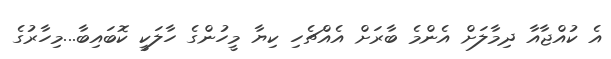
އެ ކުއްޖާއާ ދިމާލަށް އެންމެ ބާރަށް އެެއްޗެހި ކިޔާ މީހުންގެ ހާލަކީ ކޮބައިބާ...މިހާރުގެ